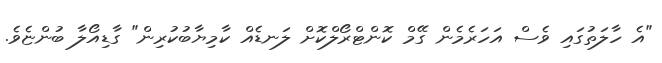
"އެ ހާލަތުގައި ވެސް އަހަރެމެން ގޭމް ކޮންޓްރޯލްކޮށް ލަނޑެއް ކާމިޔާބުކުރިން" ގާޑިއޯލާ ބުންޏެވެ.